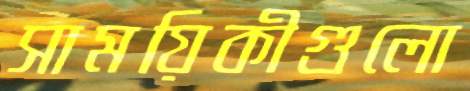
সাময়িকীগুলো